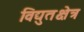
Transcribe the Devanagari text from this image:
विद्युतक्षेत्र